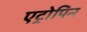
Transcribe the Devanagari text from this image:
एट्रोपिन